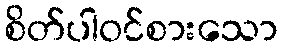
စိတ်ပါဝင်စားသော